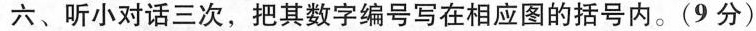
六、听小对话三次，把其数字编号写在相应图的括号内。(9分)